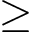
\geq